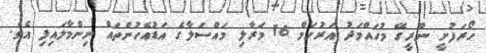
ހޯރަފުށީ ނޫރީގޭ މުހައްމަދު އަރުހަމް 16 މަރާލި މައްސަލާގެ އަޑުއެހުންތައް ނިންމާލައިފި އެވެ.